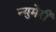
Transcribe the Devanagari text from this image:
न्युमेरी